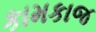
કામકાજ